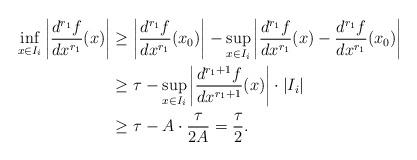
LaTeX: \begin{align*}\inf_{x\in I_i}\left|\frac{d^{r_1}f}{d x^{r_1}}(x)\right|&\geq\left|\frac{d^{r_1}f}{d x^{r_1}}(x_0)\right| -\sup_{x\in I_i}\left|\frac{d^{r_1}f}{d x^{r_1}}(x)-\frac{d^{r_1}f}{d x^{r_1}}(x_0)\right|\\&\geq \tau-\sup_{x\in I_i}\left|\frac{d^{r_1+1}f}{d x^{r_1+1}}(x)\right|\cdot |I_i|\\&\geq \tau-A\cdot\frac{\tau}{2A}=\frac\tau2.\end{align*}